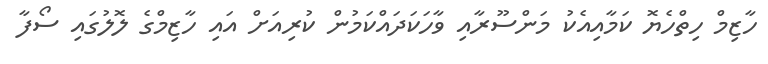
ހާޒިމް ހިތްހެޔޮ ކަމާއިއެކު މަންސޫރާއި ވާހަކަދައްކަމުން ކުރިއަށް އައި ހާޒިމްގެ ލޮލުގައި ސޯފާ